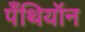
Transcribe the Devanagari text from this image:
पँथियॉन